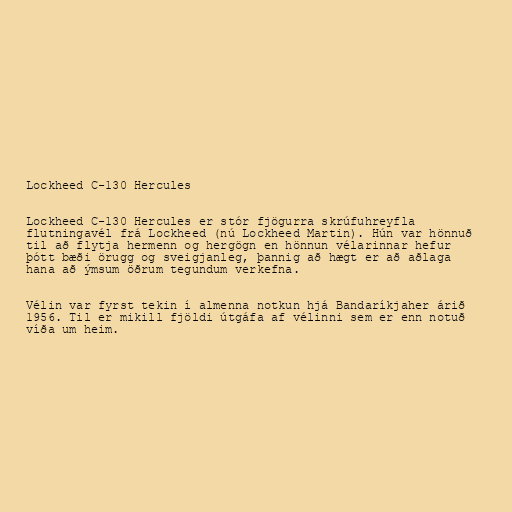
Lockheed C-130 Hercules

Lockheed C-130 Hercules er stór fjögurra skrúfuhreyfla
flutningavél frá Lockheed (nú Lockheed Martin). Hún var hönnuð
til að flytja hermenn og hergögn en hönnun vélarinnar hefur
þótt bæði örugg og sveigjanleg, þannig að hægt er að aðlaga
hana að ýmsum öðrum tegundum verkefna.

Vélin var fyrst tekin í almenna notkun hjá Bandaríkjaher árið
1956. Til er mikill fjöldi útgáfa af vélinni sem er enn notuð
víða um heim.